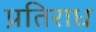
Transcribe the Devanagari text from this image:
प्रतिराध